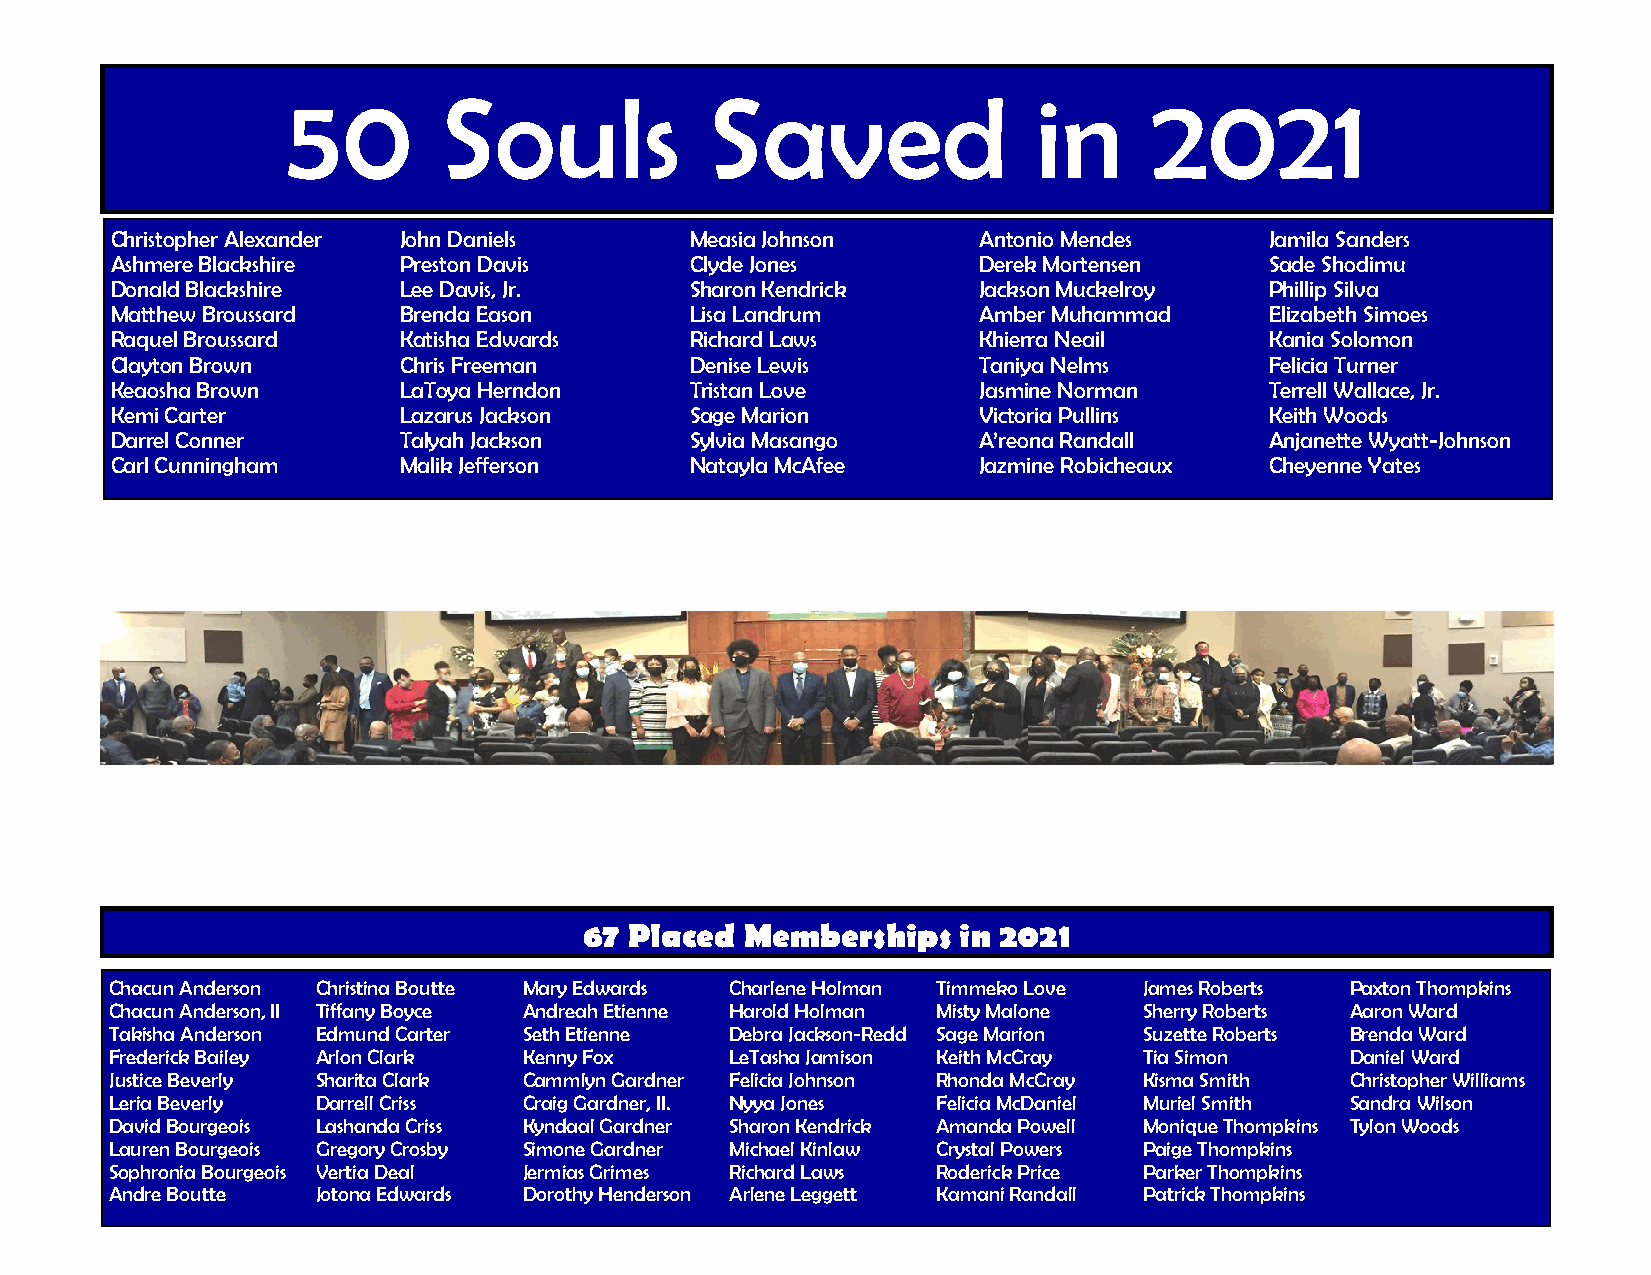
50        Souls             Saved                 in     2021
 Christopher Alexander John Daniels     Measia Johnson     Antonio Mendes     Jamila Sanders
 Ashmere Blackshire Preston Davis       Clyde Jones        Derek Mortensen    Sade Shodimu
 Donald Blackshire  Lee Davis, Jr.      Sharon Kendrick    Jackson Muckelroy  Phillip Silva
 Matthew Broussard  Brenda Eason        Lisa Landrum       Amber Muhammad     Elizabeth Simoes
 Raquel Broussard   Katisha Edwards     Richard Laws       Khierra Neail      Kania Solomon
 Clayton Brown      Chris Freeman       Denise Lewis       Taniya Nelms       Felicia Turner
 Keaosha Brown      LaToya Herndon      Tristan Love       Jasmine Norman     Terrell Wallace, Jr.
 Kemi Carter        Lazarus Jackson     Sage Marion        Victoria Pullins   Keith Woods
 Darrel Conner      Talyah Jackson      Sylvia Masango     A’reona Randall    Anjanette Wyatt-Johnson
 Carl Cunningham    Malik Jefferson     Natayla McAfee     Jazmine Robicheaux Cheyenne Yates
 67 Placed Memberships   in 2021
 Chacun Anderson Christina Boutte Mary Edwards Charlene Holman Timmeko Love James Roberts Paxton Thompkins
 Chacun Anderson, II Tiffany Boyce Andreah Etienne Harold Holman Misty Malone Sherry Roberts Aaron Ward
 Takisha Anderson Edmund Carter Seth Etienne Debra Jackson-Redd Sage Marion Suzette Roberts Brenda Ward
 Frederick Bailey Arlon Clark Kenny Fox   LeTasha Jamison Keith McCray Tia Simon   Daniel Ward
 Justice Beverly Sharita Clark Cammlyn Gardner Felicia Johnson Rhonda McCray Kisma Smith Christopher Williams
 Leria Beverly Darrell Criss Craig Gardner, II. Nyya Jones Felicia McDaniel Muriel Smith Sandra Wilson
 David Bourgeois Lashanda Criss Kyndaal Gardner Sharon Kendrick Amanda Powell Monique Thompkins Tylon Woods
 Lauren Bourgeois Gregory Crosby Simone Gardner Michael Kinlaw Crystal Powers Paige Thompkins
 Sophronia Bourgeois Vertia Deal Jermias Grimes Richard Laws Roderick Price Parker Thompkins
 Andre Boutte  Jotona Edwards Dorothy Henderson Arlene Leggett Kamani Randall Patrick Thompkins